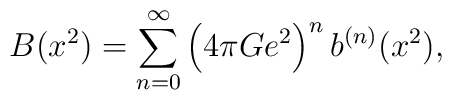
B(x^2) = \sum_{n = 0}^{\infty}\left (4\pi Ge^2\right )^nb^{(n)}(x^2),